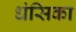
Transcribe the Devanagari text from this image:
धंसिका